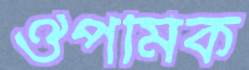
ঔপমিক